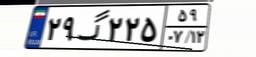
۲۹گ۲۲۵۵۹